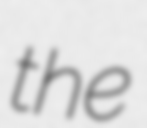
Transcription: the